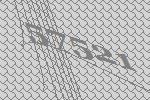
57521